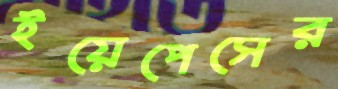
ইয়েপেসের